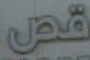
قص